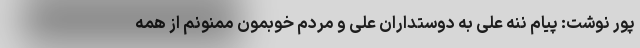
پور نوشت: پیام ننه علی به دوستداران علی و مردم خوبمون ممنونم از همه